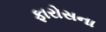
ફારોસના